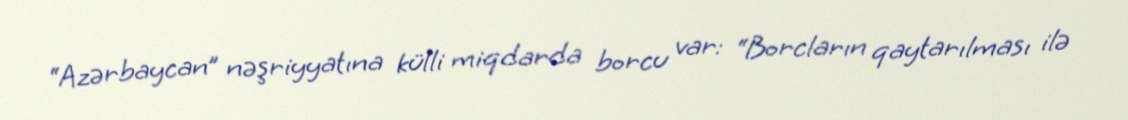
“Azərbaycan” nəşriyyatına külli miqdarda borcu var: “Borcların qaytarılması ilə